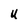
Character: U